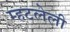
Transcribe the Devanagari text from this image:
म्हटलेली